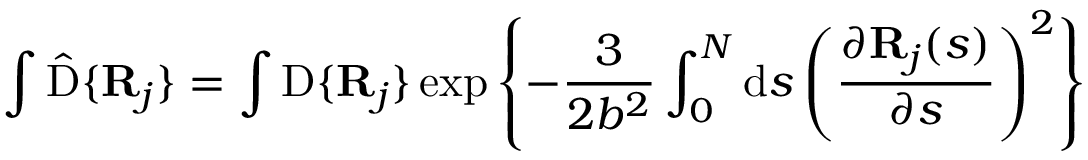
\int \hat { \mathrm { D } } \{ \mathbf { R } _ { j } \} = \int \mathrm { D } \{ \mathbf { R } _ { j } \} \exp \left\{ - \frac { 3 } { 2 b ^ { 2 } } \int _ { 0 } ^ { N } \mathrm { d } s \left( \frac { \partial \mathbf { R } _ { j } ( s ) } { \partial s } \right) ^ { 2 } \right\}